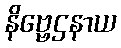
နိဗ္ဗေဌနာယ